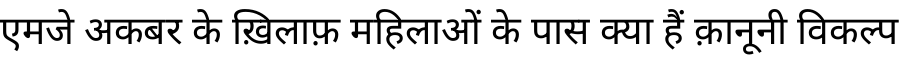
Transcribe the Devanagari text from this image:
एमजे अकबर के ख़िलाफ़ महिलाओं के पास क्या हैं क़ानूनी विकल्प